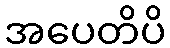
အပေတိပိ